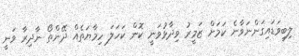
ލިބިވަޑައިގަންނަވާނެ ކަމަށް ޒަމީރު ވިދާޅުވަނީ ކޮން ކަހަލަ ހިމާޔަތެއް ދޭންތޯ ނާދިރާ ވަނީ